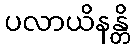
ပလာယိနန္တိ